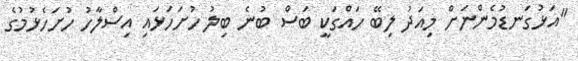
"އަޅުގަނޑުމެންނަށް މިއަދު ލިބޭ ހައްގަކީ ބަސް ބުނެ ބިލު ހުށަހަޅައި އިސްލާހު ހުށަހެޅުމުގެ